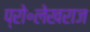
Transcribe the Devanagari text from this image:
प्रो॰लेखराज